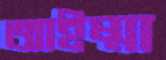
আইম্মা